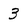
Character: 3